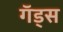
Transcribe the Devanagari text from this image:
गॅड्स